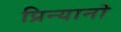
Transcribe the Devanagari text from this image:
प्रिन्यानो